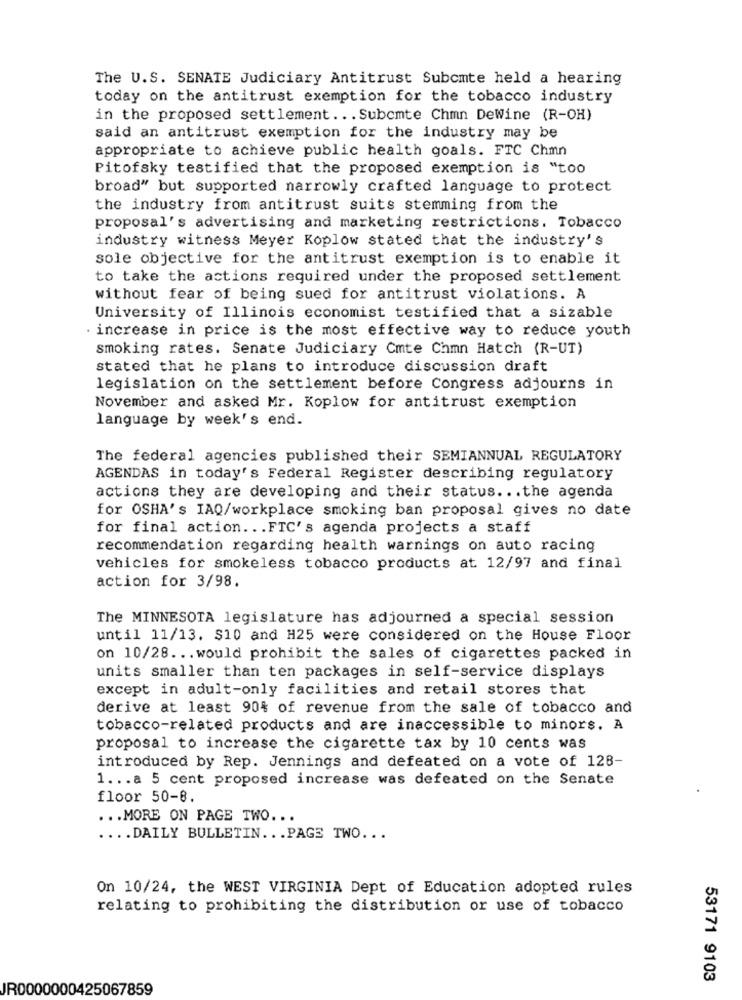
The U.S. SENATE Judiciary Antitrust Subomte held a hearing
today on the antitrust exemption for the tobacco industry
in the proposed settlement ... Subomte Chmn DeWine (R-OH)
said an antitrust exemption for the industry may be
appropriate to achieve public health goals. FTC Chmn
Pitofsky testified that the proposed exemption is "too
broad" but supported narrowly crafted language to protect
the industry from antitrust suits stemming from the
proposal's advertising and marketing restrictions. Tobacco
industry witness Meyer Koplow stated that the industry's
sole objective for the antitrust exemption is to enable it
to take the actions required under the proposed settlement
without fear of being sued for antitrust violations. A
University of Illinois economist testified that a sizable
increase in price is the most effective way to reduce youth
smoking rates. Senate Judiciary Cmte Chmn Hatch (R-UT)
stated that he plans to introduce discussion draft
legislation on the settlement before Congress adjourns in
November and asked Mr. Koplow for antitrust exemption
language by week's end.
The federal agencies published their SEMIANNUAL REGULATORY
AGENDAS in today's Federal Register describing regulatory
actions they are developing and their status ... the agenda
for OSHA's IAQ/workplace smoking ban proposal gives no date
for final action ... FTC's agenda projects a staff
recommendation regarding health warnings on auto racing
vehicles for smokeless tobacco products at 12/97 and final
action for 3/98.
The MINNESOTA legislature has adjourned a special session
until 11/13. $10 and H25 were considered on the House Floor
on 10/28 ... would prohibit the sales of cigarettes packed in
units smaller than ten packages in self-service displays
except in adult-only facilities and retail stores that
derive at least 90% of revenue from the sale of tobacco and
tobacco-related products and are inaccessible to minors. A
proposal to increase the cigarette tax by 10 cents was
introduced by Rep. Jennings and defeated on a vote of 128-
1 ... a 5 cent proposed increase was defeated on the Senate
floor 50-8.
... MORE ON PAGE TWO ...
.... DAILY BULLETIN ... PAGE TWO ...
On 10/24, the WEST VIRGINIA Dept of Education adopted rules
relating to prohibiting the distribution or use of tobacco
53171 9103
JR0000000425067859